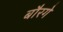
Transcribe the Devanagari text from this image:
बौरगे